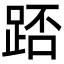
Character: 踎